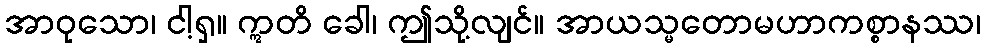
အာဝုသော၊ ငါ့ရှ။ ဣတိ ခေါ၊ ဤသို့လျင်။ အာယသ္မတောမဟာကစ္စာနဿ၊